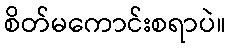
စိတ်မကောင်းစရာပဲ။